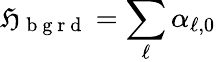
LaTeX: \mathfrak{H}_{\mathrm{{~b~g~r~d~}}}=\sum_{\ell}\alpha_{\ell,0}